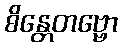
စိန္တေတဗ္ဗော